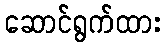
ဆောင်ရွက်ထား